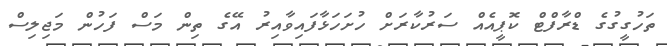
ތަހުގީގުގެ ޑްރާފްޓް ކޮޕީއެއް ސަރުކާރަށް ހުށަހަޅާފައިވާއިރު އޭގެ ތިން މަސް ފަހުން މަޖިލިސް